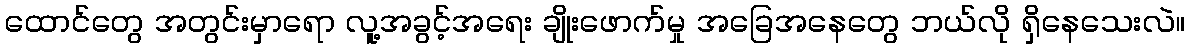
ထောင်တွေ အတွင်းမှာရော လူ့အခွင့်အရေး ချိုးဖောက်မှု အခြေအနေတွေ ဘယ်လို ရှိနေသေးလဲ။